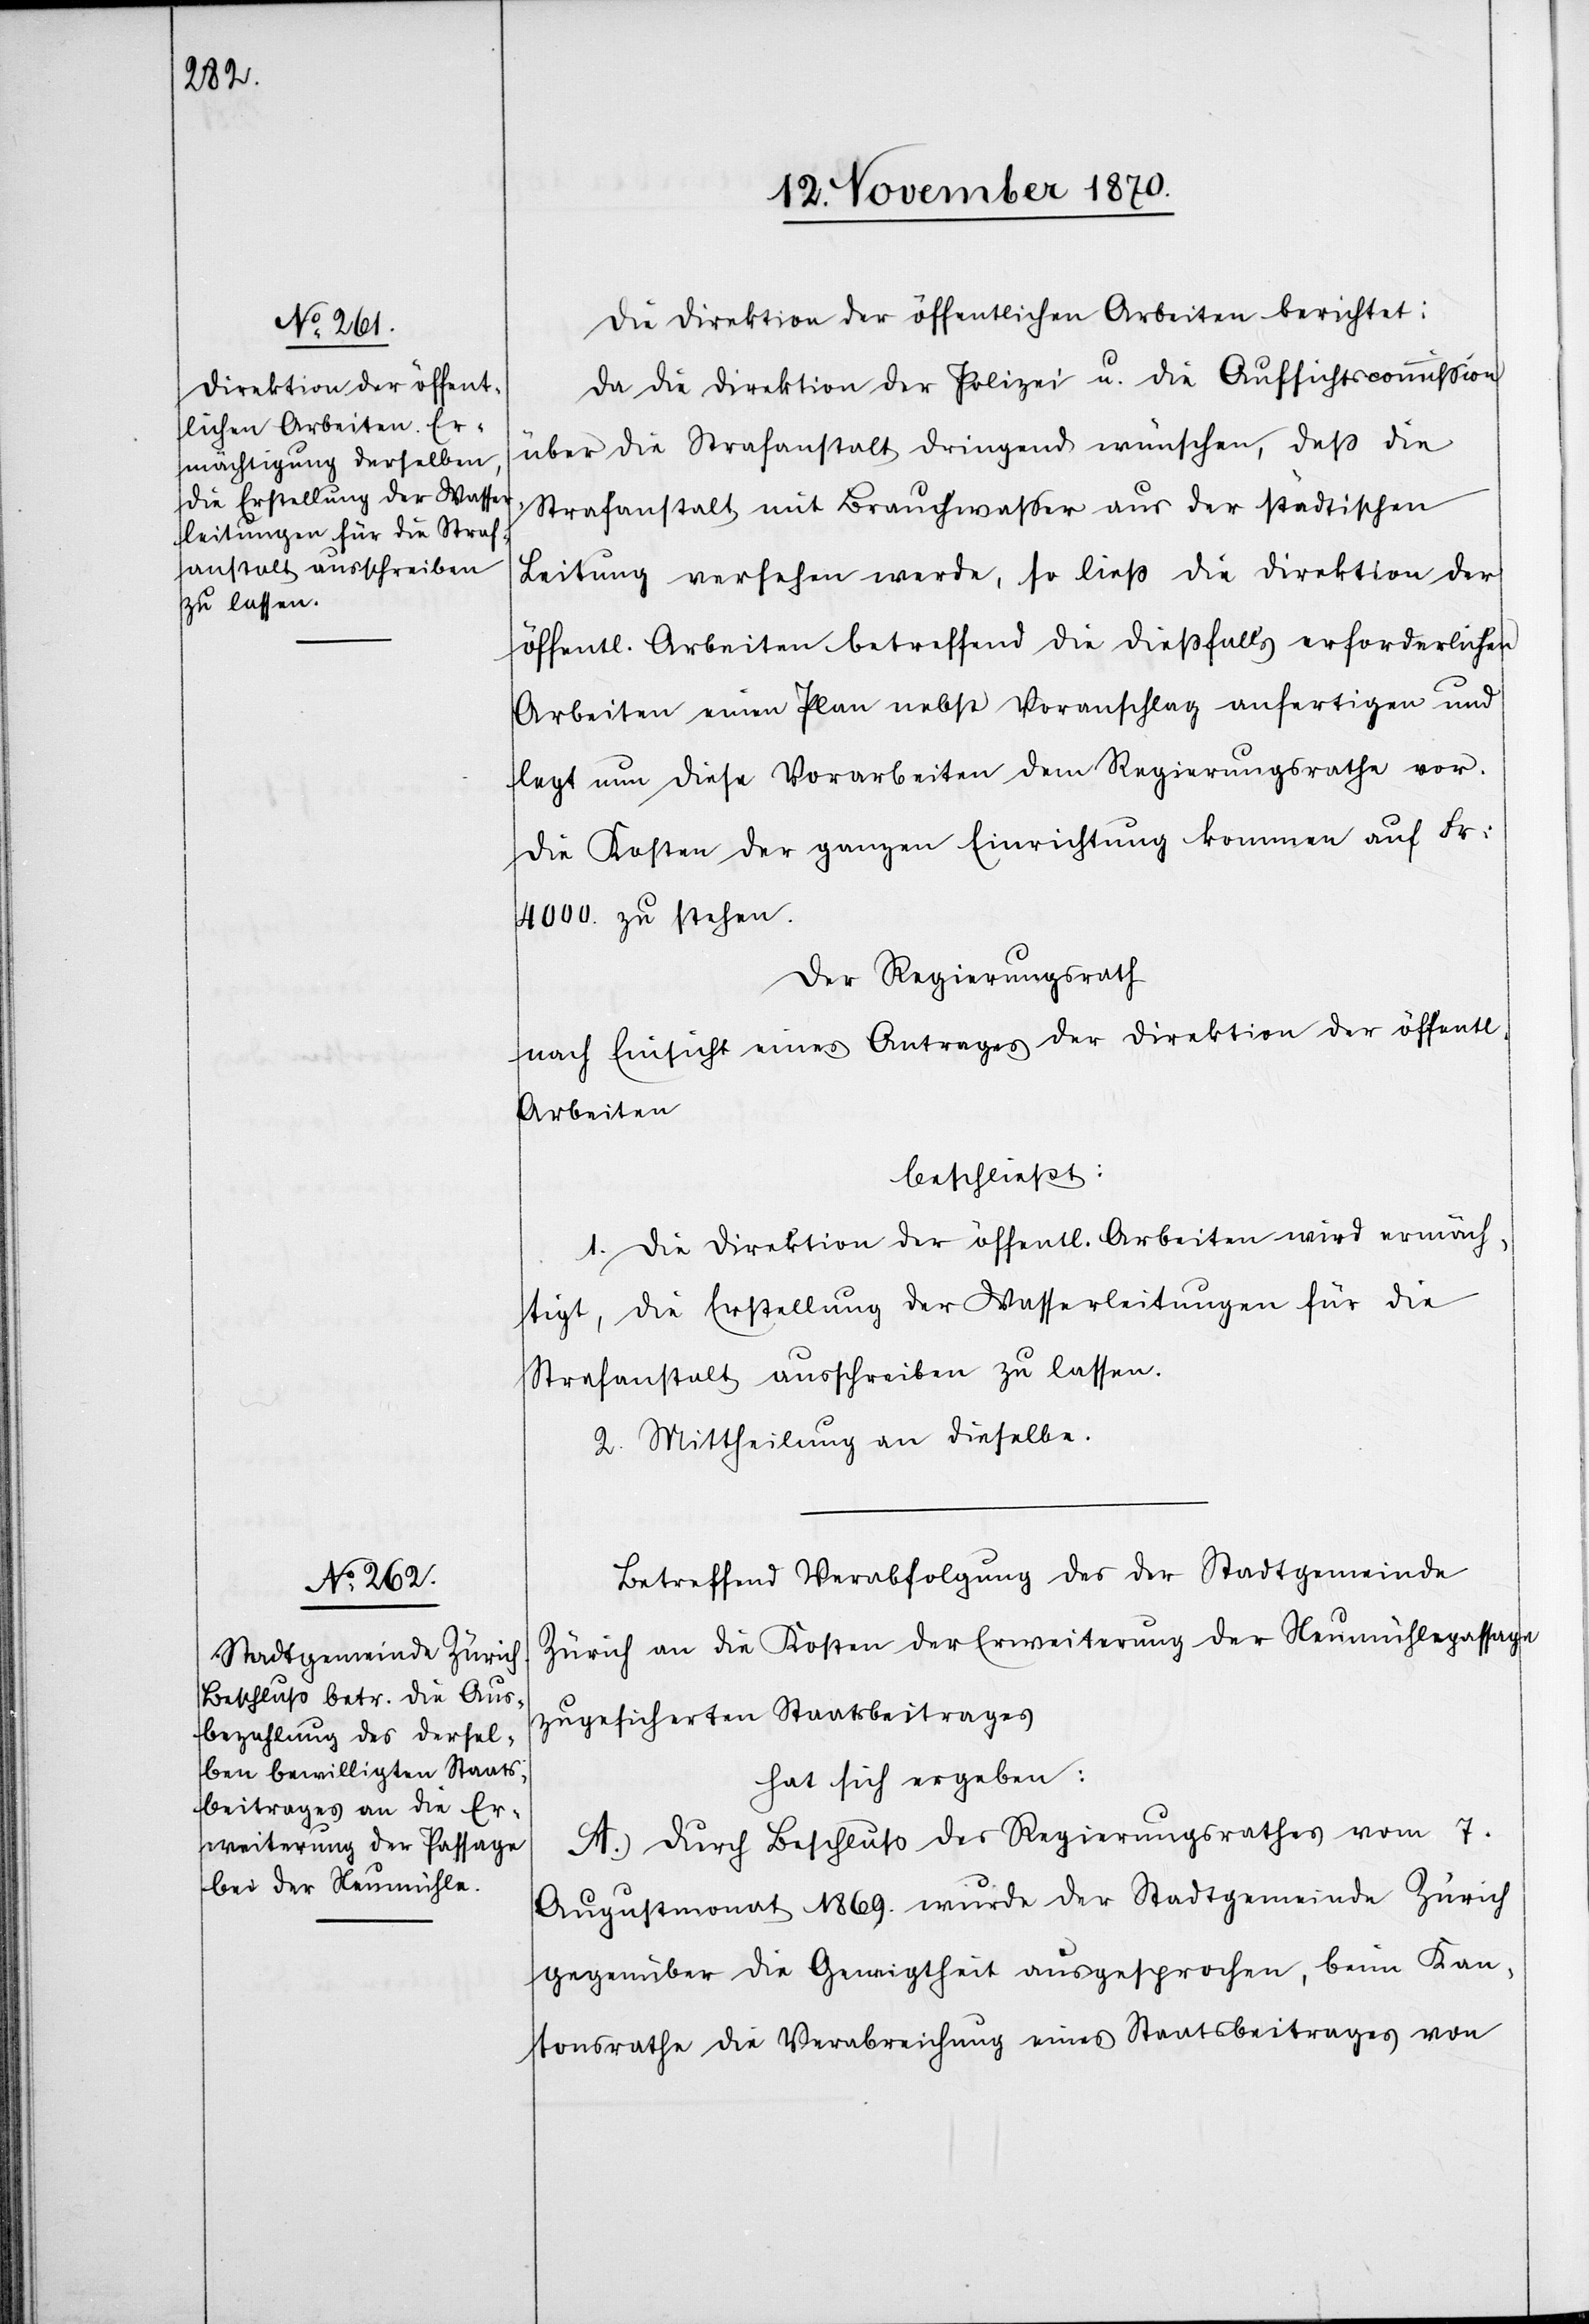
Die Direktion der öffentlichen Arbeiten berichtet:
Da die Direktion der Polizei u. die Aufsichtscommißion
über die Strafanstalt dringend wünschen, daß die
Strafanstalt mit Brauchwaßer aus der städtischen
Leitung versehen werde, so ließ die Direktion der
öffentl. Arbeiten betreffend die dießfalls erforderlichen
Arbeiten einen Plan nebst Voranschlag anfertigen und
legt nun diese Vorarbeiten dem Regierungsrathe vor.
Die Kosten der ganzen Einrichtung kommen auf Fr:
4000. zu stehen.
Der Regierungsrath
nach Einsicht eines Antrages der Direktion der öffentl.
Arbeiten
beschließt:
1. Die Direktion der öffentl. Arbeiten wird ermäch¬
tigt, die Erstellung der Wasserleitungen für die
Strafanstalt ausschreiben zu lassen.
2. Mittheilung an dieselbe.
Betreffend Verabfolgung des der Stadtgemeinde
Zürich an die Kosten der Erweiterung der Neumühlepassage
zugesicherten Staatsbeitrages
hat sich ergeben:
A. Durch Beschluß des Regierungsrathes vom 7.
Augustmonat 1869. wurde der Stadtgemeinde Zürich
gegenüber die Geneigtheit ausgesprochen, beim Kan¬
tonsrathe die Verabreichung eines Staatsbeitrages von